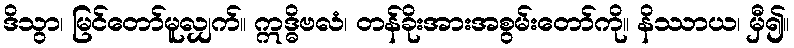
ဒိသွာ၊ မြင်တော်မူလျှက်။ ဣဒ္ဓိဗလံ၊ တန်ခိုးအားအစွမ်းတော်ကို။ နိဿာယ၊ မှီ၍။